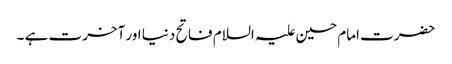
حضرت امام حسین علیہ السلام فاتح دنیا اور آخرت ہے ۔